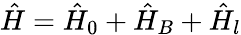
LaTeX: \hat{H}=\hat{H}_{0}+\hat{H}_{B}+\hat{H}_{l}